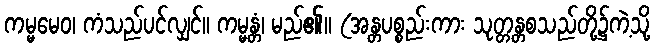
ကမ္မမေဝ၊ ကံသည်ပင်လျှင်။ ကမ္မန္တံ၊ မည်၏။ (အန္တပစ္စည်းကား သုတ္တန္တစသည်တို့၌ကဲ့သို့